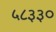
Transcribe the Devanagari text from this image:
५८३३०